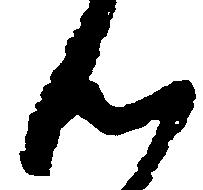
ん